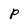
Character: p